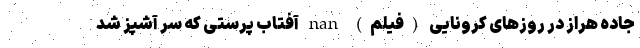
جاده هراز در روزهای کرونایی (فیلم) nan آفتاب پرستی که سر آشپز شد